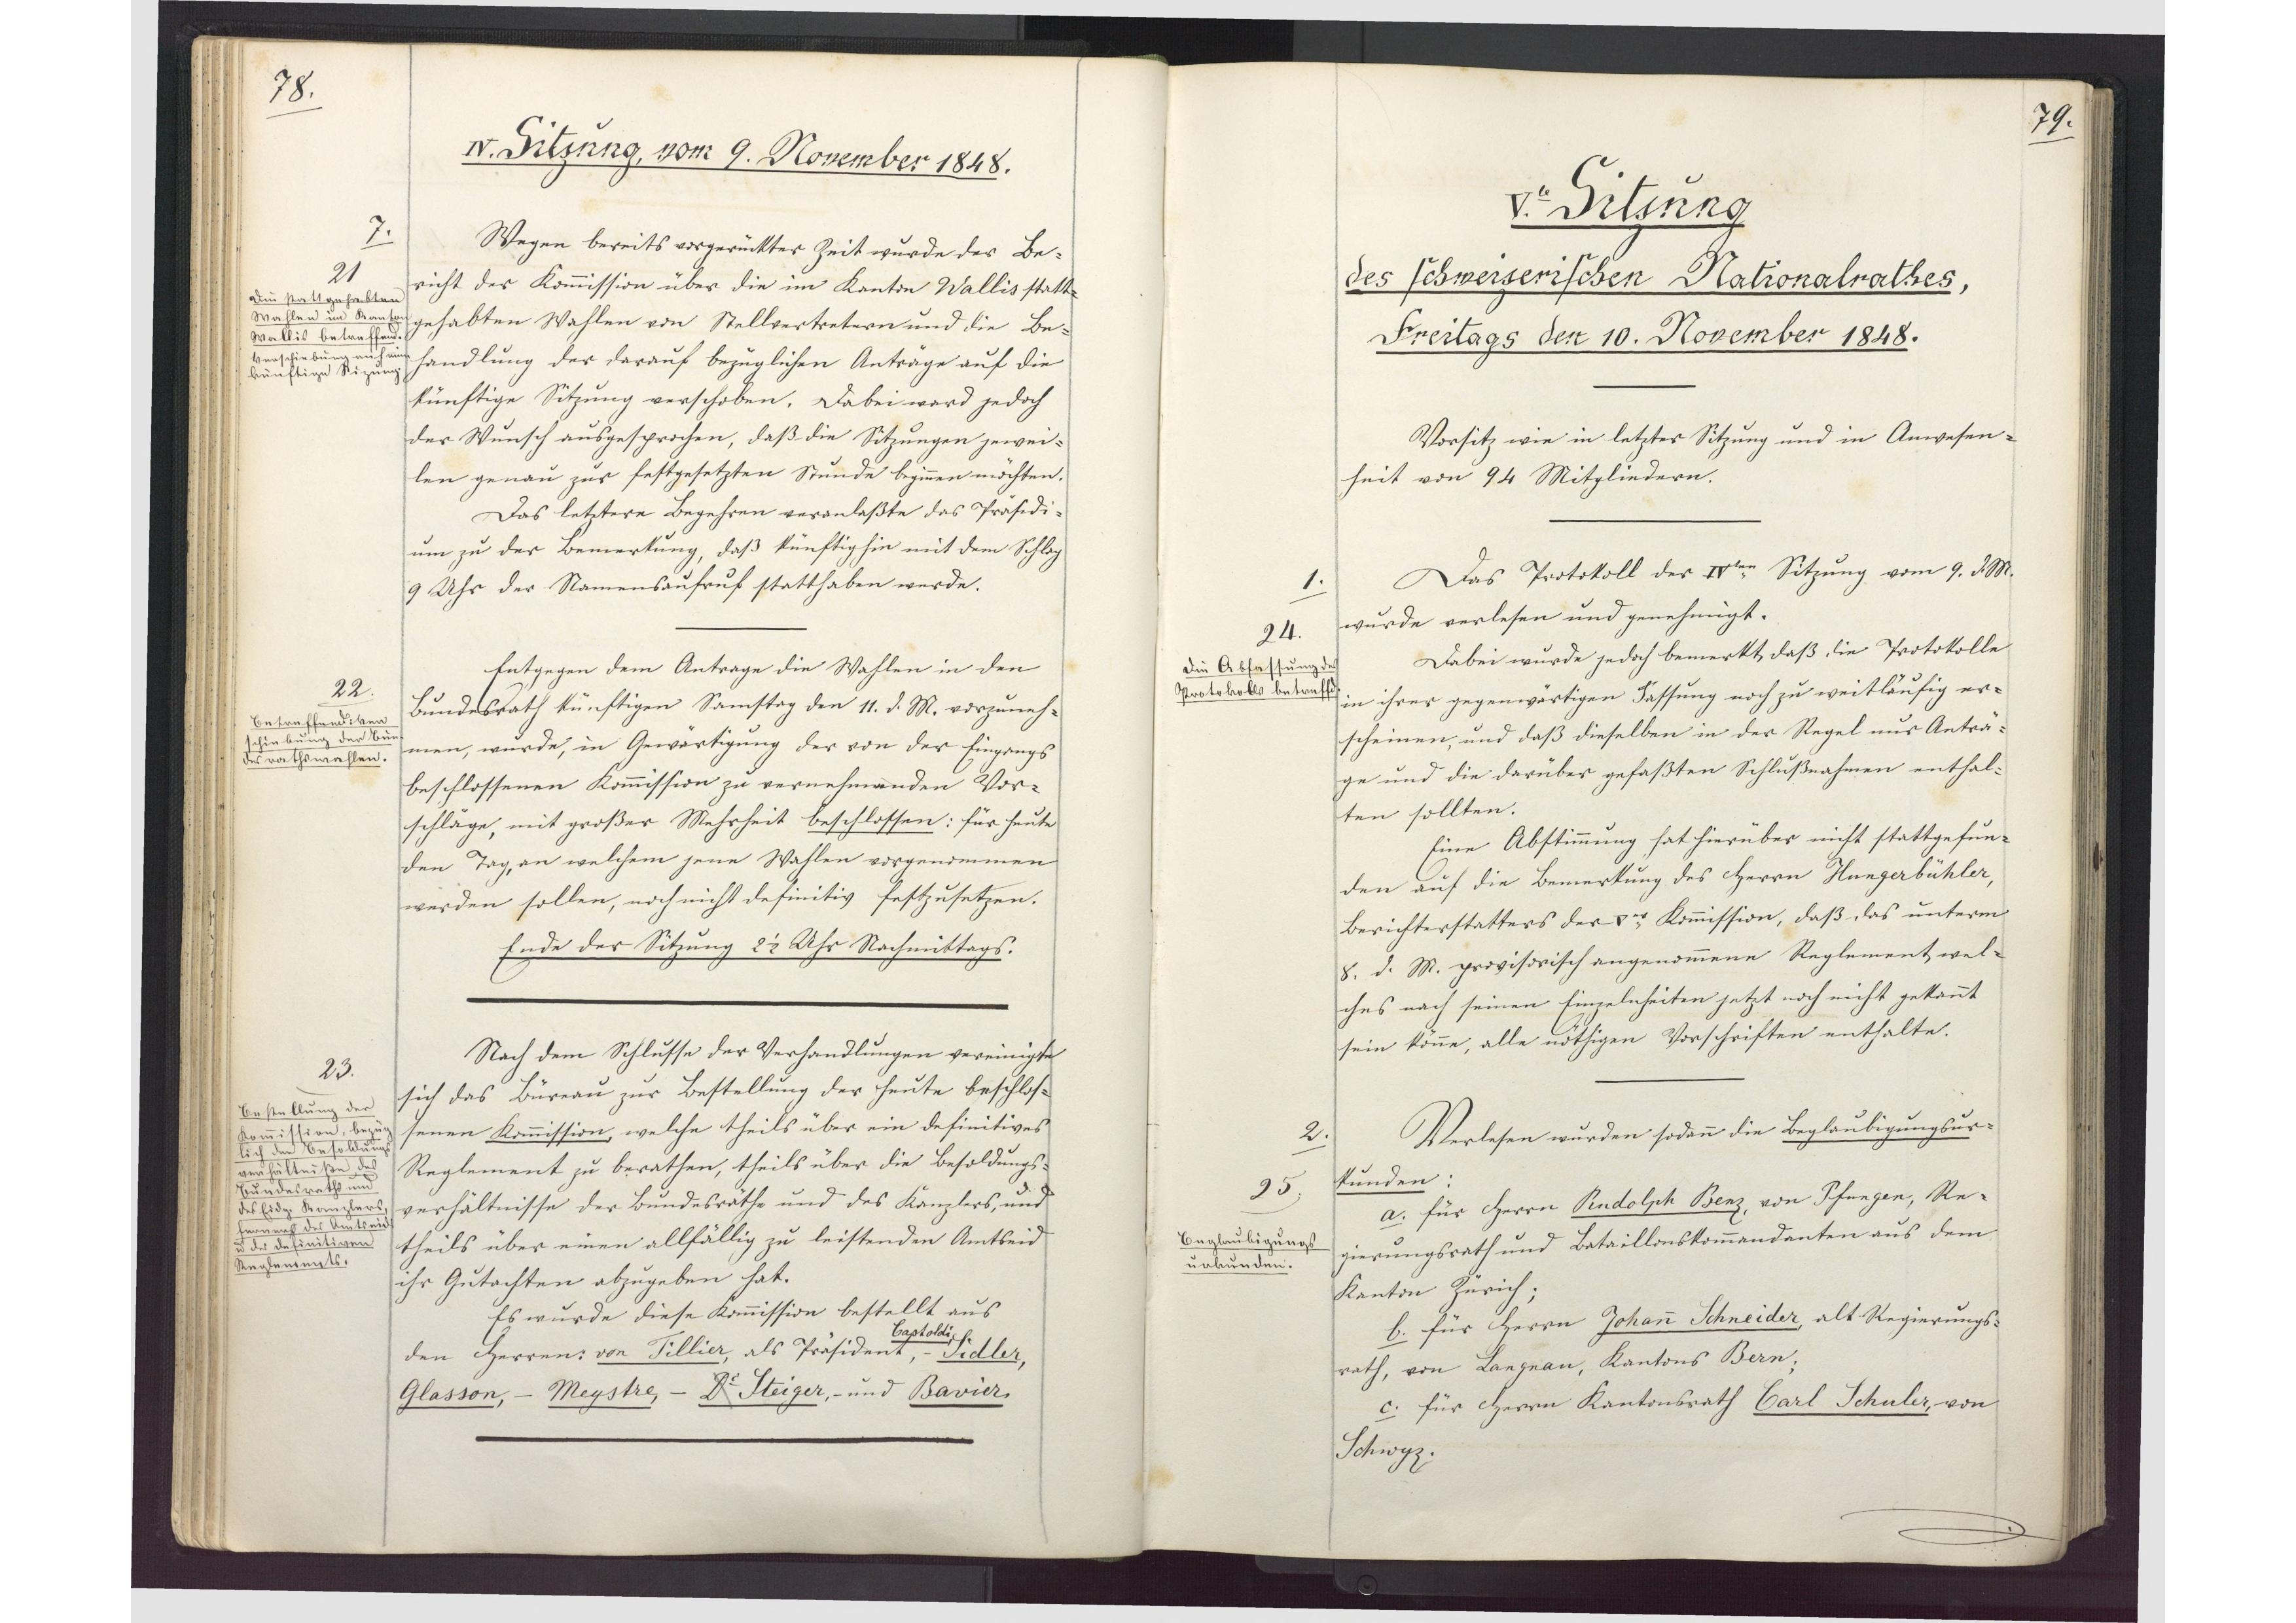
79.

V.te Sitzung
des schweizerischen Nationalrathes,
Freitags den 10. November 1848.

Vorsitz wie in letzter Sitzung und in Anwesen¬
heit von 94 Mitgliedern.
Das Protokoll der IVten Sitzung vom 9. d. M.
wurde verlesen und genehmigt.
Dabei wurde jedoch bemerkt, daß die Protokolle
in ihrer gegenwärtigen Fassung noch zu weitläufig er¬
scheinen, und daß dieselben in der Regel nur Anträ¬
ge und die darüber gefaßten Schlußnahmen enthal¬
ten sollten
Eine Abstimmung hat hierüber nicht stattgefun¬
den auf die Bemerkung des Herrn Hungerbühler,
Berichterstatters der Ver Kommission, daß das unterm
8. d. M. provisorisch angenommene Reglement, wel¬
ches nach seinen Einzelnheiten jetzt noch nicht gekannt
sein köne, alle nöthigen Vorschriften enthalte.
Verlesen wurden sodann die Beglaubigungsur¬
kunden:
a. für Herrn Rudolph Benz, von Pfungen, Re¬
gierungsrath und Bataillonskommandanten aus dem
Kanton Zürich;
b. für Herrn Johann Schneider, alt Regierungs¬
rath, von Langnau, Kantons Bern;
c. für Herrn Kantonsrath Carl Schuler, von
Schwyz.

1.
24.
Die Abfassung des
Protokolles betreffend.

2.
25
Beglaubigungs¬
urkunden.